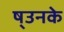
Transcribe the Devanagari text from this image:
ष्उनके